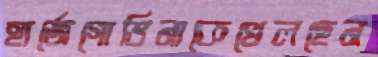
হার্জেগোভিনাকেখেলছেন